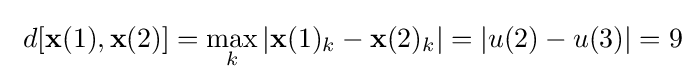
\ d[\mathbf {x} (1),\mathbf {x} (2)]=\max _{k}|\mathbf {x} (1)_{k}-\mathbf {x} (2)_{k}|=|u(2)-u(3)|=9